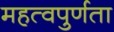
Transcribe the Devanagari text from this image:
महत्वपुर्णता